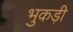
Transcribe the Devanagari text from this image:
भुकड़ी